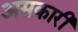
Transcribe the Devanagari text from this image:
असकारी